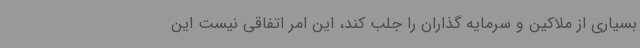
بسیاری از ملاکین و سرمایه گذاران را جلب کند، این امر اتفاقی نیست این